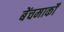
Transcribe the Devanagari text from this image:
बेंचमार्कों